Virumaa_algkoolid, lk 8
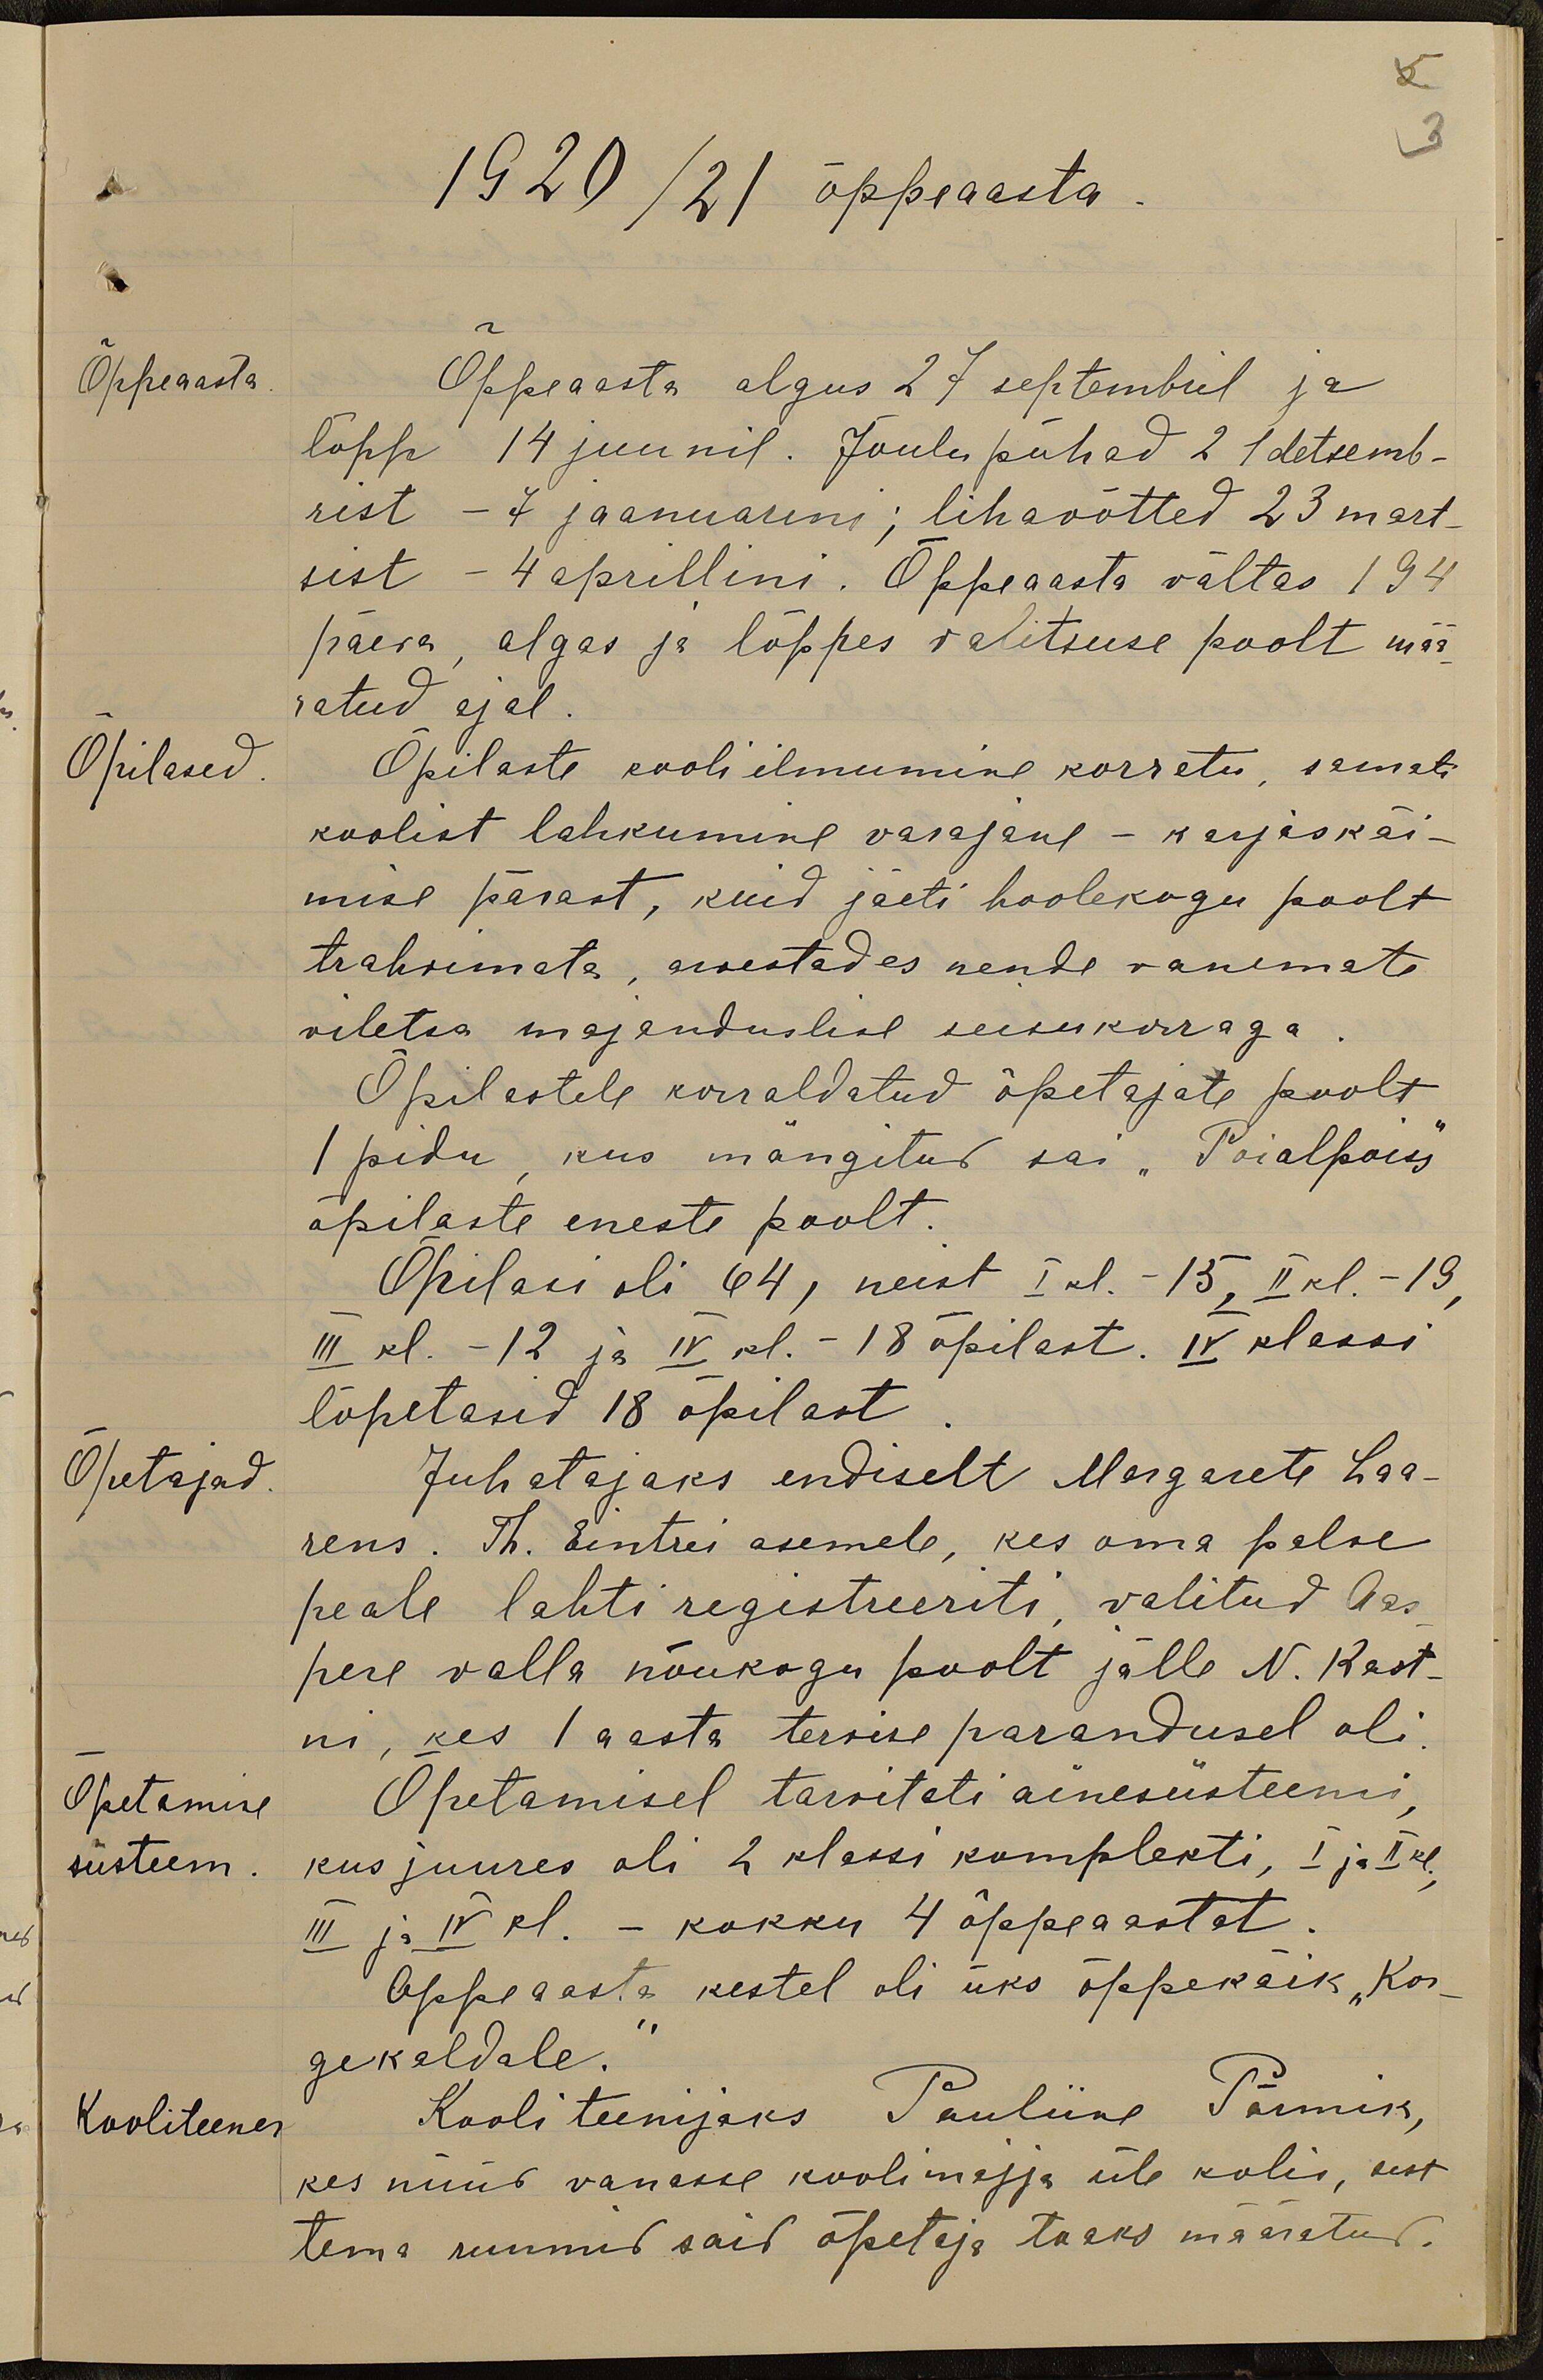
5
3
1920/21 õppeaasta
Õppeaasta
Õppeaasta algus 27 septembril ja
lõpp 14 juunil. Jõulupühad 21 detsemb-
rist - 7 jaanuarini; lihavõtted 23 mart-
sist - 4 aprillini. Õppeaasta vältas 194
päeva, algas ja lõppes valitsuse poolt mää-
ratud ajal.
Õpilased
Õpilaste kooli ilmumine korretu, samati
koolist lahkumine varajane - karjaskäi-
mise pärast, kuid jäeti hoolekogu poolt
trahvimata, arvestades nende vanemate
viletsa majanduslise seisukorraga.
Õpilastele korraldatud õpetajate poolt
1 pidu, kus mängitud sai "Pöialpoiss"
õpilaste eneste poolt.
Õpilasi oli 64, neist I kl. - 15, II kl.- 19,
III kl. - 12 ja IV kl.- 18 õpilast. IV klassi
lõpetasid 18 õpilast
Õpetajad.
Juhatajaks endiselt Margarete Laa-
rens. Th. Eintrei asemele, kes oma palve
peale lahti registreeriti, valitud Aas-
pere valla nõukogu poolt jälle N. Kast-
ni, kes 1 aasta tervise parandusel oli
Õpetamise
Õpetamisel tarvitati ainesüsteemi,
süsteem.
kus juures oli 2 klassi komplekti. I ja II kl.,
III ja IV kl. - kokku 4 õppeaastat.
Õppeaasta kestel oli üks õppekäik "Kor-
gekaldale."
Kooliteener
Kooliteenijaks Pauliine Pärmik,
kes nüüd vanasse koolimajja üle kolis, sest
tema ruumid said õpetaja toaks määratud.